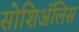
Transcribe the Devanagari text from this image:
सोशिअॅलिस